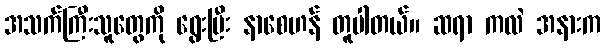
အသက်ကြီးသူတွေကို ရွေးပြီး နာစေဟန် တူပါတယ်။ ဆရာ ကလဲ အနားက